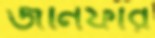
জনিফার